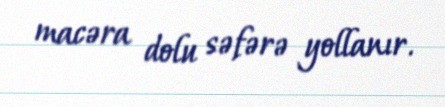
macəra dolu səfərə yollanır.